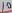
Text: 10